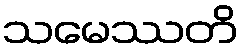
သမေဿတိ